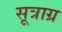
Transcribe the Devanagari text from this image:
सूत्राग्र